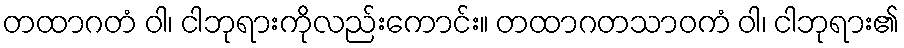
တထာဂတံ ဝါ၊ ငါဘုရားကိုလည်းကောင်း။ တထာဂတသာဝကံ ဝါ၊ ငါဘုရား၏